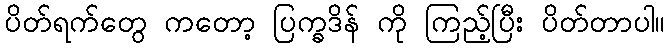
ပိတ်ရက်တွေ ကတော့ ပြက္ခဒိန် ကို ကြည့်ပြီး ပိတ်တာပါ။